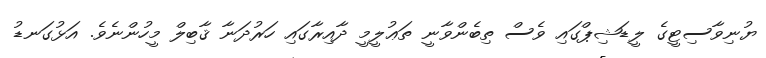
ޔުނިވާސިޓީގެ ލީޑަޝިޕްގައި ވެސް ތިބެންވާނީ ތަޢުލީމީ ދާއިރާގައި ހަރުދަނާ ޤާބިލް މީހުންނެވެ. އަޅުގަނޑު